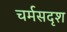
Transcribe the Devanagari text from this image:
चर्मसदृश